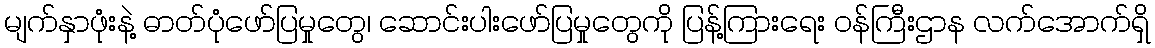
မျက်နှာဖုံးနဲ့ ဓာတ်ပုံဖော်ပြမှုတွေ၊ ဆောင်းပါးဖော်ပြမှုတွေကို ပြန့်ကြားရေး ဝန်ကြီးဌာန လက်အောက်ရှိ